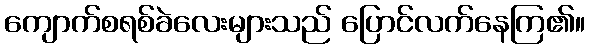
ကျောက်စရစ်ခဲလေးများသည် ပြောင်လက်နေကြ၏။